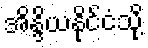
အိန္ဒိယနိုင်ငံသို့